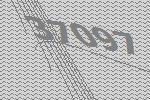
37097